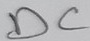
Text: DC